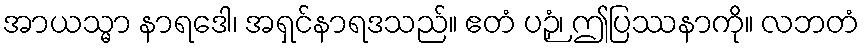
အာယသ္မာ နာရဒေါ၊ အရှင်နာရဒသည်။ ဧတံ ပဉှံ၊ ဤပြဿနာကို။ လဘတံ